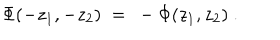
\Phi ( - z _ { 1 } , - z _ { 2 } ) ~ = ~ - \Phi ( z _ { 1 } , z _ { 2 } ) ~ .